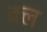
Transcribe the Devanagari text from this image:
क्ल